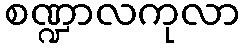
စဏ္ဍာလကုလာ